system: You are a helpful assistant.
user:
Analyze the provided spectrum to determine if it is a **"Cataclysmic Variables (CV)"**.

- **Key Indicators for CV (Check for either state):**
    - **State 1: Quiescent / Low-State (Emission-Dominated)**
        - **(Primary):** Strong and *very broad* Hydrogen Balmer emission lines (e.g., $H\alpha$ at 6563 Å, $H\beta$ at 4861 Å). The 'broadness' (high velocity dispersion, often FWHM > 1000 km/s) is the key diagnostic, indicating a high-velocity accretion disk.
        - **(Secondary):** Broad neutral Helium (He I) emission lines (e.g., 5876 Å, 6678 Å).
        - **(Key Confirmation):** Presence of high-excitation *ionized* Helium (He II) emission at 4686 Å. This is a strong indicator of accretion onto a white dwarf.
        - **(Line Profile):** Emission lines may exhibit a 'double-peaked' profile, which is a classic signature of a rotating accretion disk viewed at high inclination.

    - **State 2: Outburst / High-State (Absorption-Dominated)**
        - **(Primary):** Spectrum is dominated by a bright, blue continuum (looks like a hot star).
        - **(Secondary):** The emission lines from State 1 are weak, absent, or 'filled in', and are replaced by broad, shallow *absorption* lines (primarily Balmer and He I).
        - **(Morphology):** The overall spectrum mimics a hot B/A-type star. The crucial difference is that the absorption lines are significantly broader, shallower, and more 'washed-out' (or 'smeared') than the sharp lines of a normal stellar photosphere, due to high rotational speeds and pressure broadening in the disk.

Think first, call **spectral_visualization_tool** if needed to examine features in detail, then provide your final answer. Your response must adhere to the following strict rules:
1.  **Overall Structure:** Your response must follow the format `<think>...</think> <tool_call>...</tool_call> (if a tool is used) <answer>...</answer>`.
2.  **Tool Usage Constraint:** You may only make **one** tool call per turn.
3.  **Final Answer Format:** In the `<answer>` tag, your conclusion must be inside a `\boxed{}` command (e.g., `\boxed{YES}`), followed by your justification.

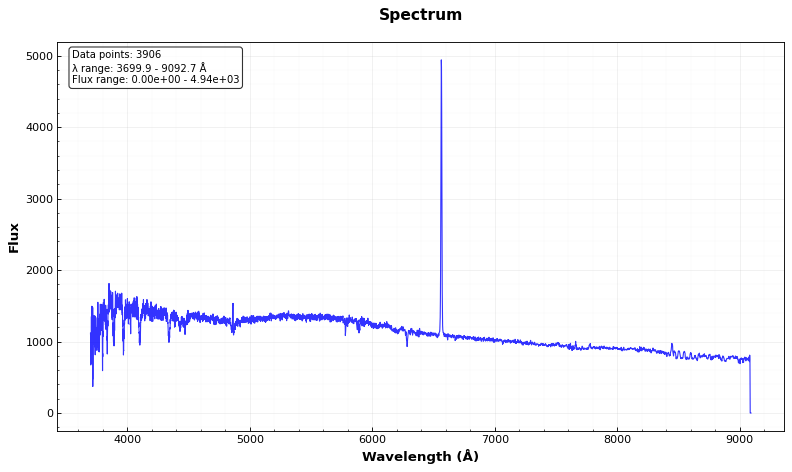
Answer: NO